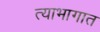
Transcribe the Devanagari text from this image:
त्याभागात